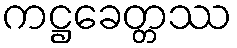
ကဋ္ဌခေတ္တဿ